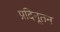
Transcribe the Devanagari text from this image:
प्रदिनूतन